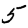
Digit: 5